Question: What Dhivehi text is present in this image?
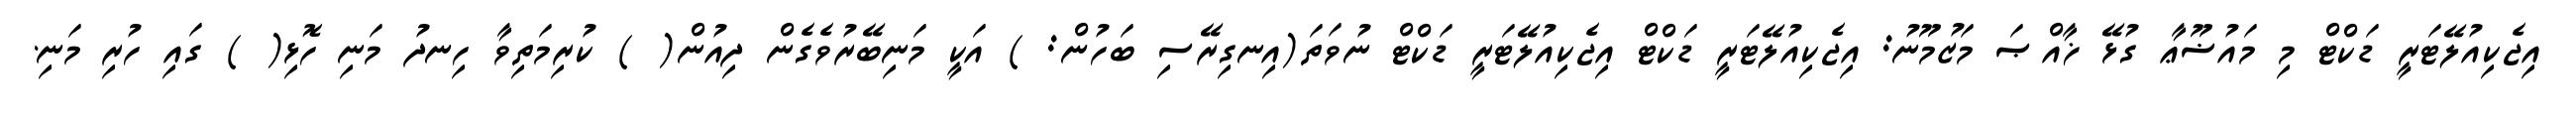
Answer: އިޖެކިއުލޭޓަރީ ޑަކްޓް މި މައުޟޫޢާ ގުޅޭ ޚާއްޞަ މަޒުމޫނު: އިޖެކިއުލޭޓަރީ ޑަކްޓް އިޖެކިއުލޭޓަރީ ޑަކްޓް ނުވަތަ(އިނގިރޭސި ބަހުން: ) އަކީ މަނިބޭރުވެގެން ދިއުން( ) ކުރިމަތިވާ ހިނދު މަނި ހޮޅި( ) ގައި ހުރި މަނި.